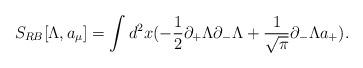
LaTeX: \begin{align*}S_{RB}[\Lambda,a_{\mu}]=\int d^{2}x (-\frac{1}{2} \partial_{+}\Lambda\partial_{-}\Lambda +\frac{1}{\sqrt{\pi}}\partial_{-} \Lambda a_{+}).\end{align*}